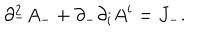
\partial _ { - } ^ { 2 } A _ { - } + \partial _ { - } \partial _ { i } A ^ { i } = J _ { - } .